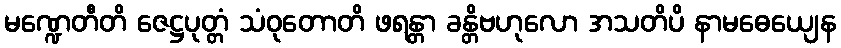
မဏ္ဍေတီတိ ဇေဋ္ဌပုတ္တံ သံဝုတောတိ ဖရန္တာ ခန္တိဗဟုလော အသတိပိ နာမဓေယျေန